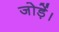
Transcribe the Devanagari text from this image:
जोड़ें।